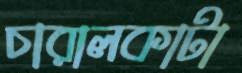
চারালকাটা